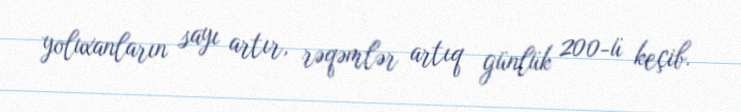
yoluxanların sayı artır, rəqəmlər artıq günlük 200-ü keçib.